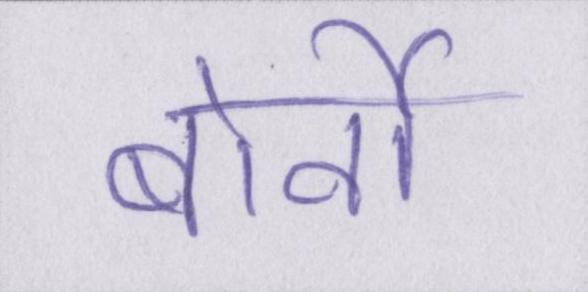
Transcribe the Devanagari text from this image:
बोर्नो